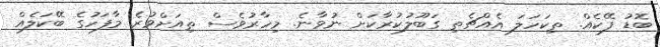
ބޮޑު ފޭކެއް. ތިކަހަލަ އެއްޗެތި ގަބޫލުުކުރާކަށް ނުވާނެ. މިހާރުވެސް ތިއަށްވުރެ މާފަހުގެ ބޭކަލެއް